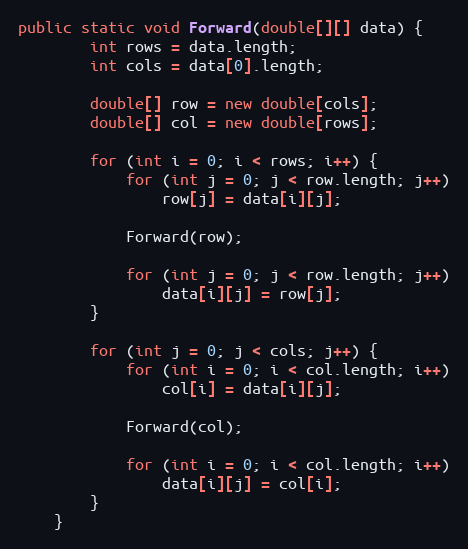
Language: Java
public static void Forward(double[][] data) {
        int rows = data.length;
        int cols = data[0].length;

        double[] row = new double[cols];
        double[] col = new double[rows];

        for (int i = 0; i < rows; i++) {
            for (int j = 0; j < row.length; j++)
                row[j] = data[i][j];

            Forward(row);

            for (int j = 0; j < row.length; j++)
                data[i][j] = row[j];
        }

        for (int j = 0; j < cols; j++) {
            for (int i = 0; i < col.length; i++)
                col[i] = data[i][j];

            Forward(col);

            for (int i = 0; i < col.length; i++)
                data[i][j] = col[i];
        }
    }